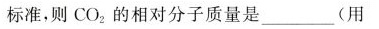
标准，则CO_{2}的相对分子质量是___(用